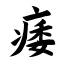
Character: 痿